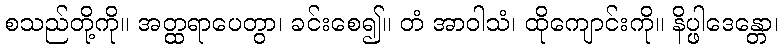
စသည်တို့ကို။ အတ္ထရာပေတွာ၊ ခင်းစေ၍။ တံ အာဝါသံ၊ ထိုကျောင်းကို။ နိပ္ဖါဒေန္တော၊